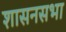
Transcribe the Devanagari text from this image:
शासनसभा